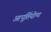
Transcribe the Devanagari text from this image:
आपूर्तियोग्य